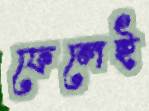
ফেলেই